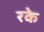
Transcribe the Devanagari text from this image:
रके